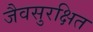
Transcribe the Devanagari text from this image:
जैवसुरक्षित